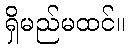
ရှိမည်မထင်။